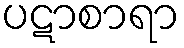
ပဋာစာရာ